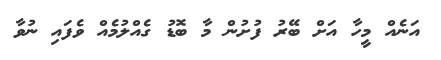
އަނެއް މީހާ އަށް ބޭރު ފުށުން މާ ބޮޑު ގެއްލުމެއް ވެފައި ނުވާ